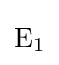
{\mathrm {E} {\vphantom {A}}_{\smash[{t}]{1}}}